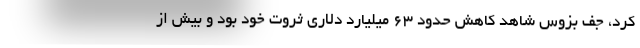
کرد، جف بزوس شاهد کاهش حدود ۶۳ میلیارد دلاری ثروت خود بود و بیش از